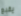
يقبع